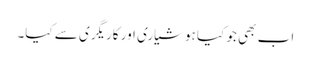
اب بھی جو کیا ہوشیاری اور کاریگری سے کیا۔